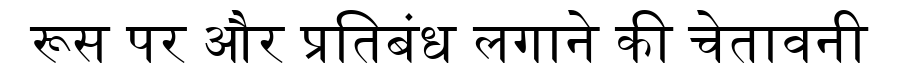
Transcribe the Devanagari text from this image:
रूस पर और प्रतिबंध लगाने की चेतावनी